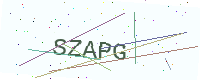
Text: SZAPG